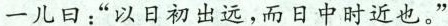
一儿日：”以日初出远，而日中时近也。”